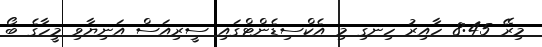
މިރޭ 8:45 ހާއިރު ހިނގި މި އެކްސިޑެންޓްގައި ސީރިއަސް އަނިޔާވި މީހާގެ ބޯ